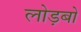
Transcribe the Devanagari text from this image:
लोड़बो